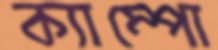
ক্যাম্পো